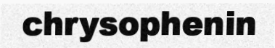
chrysophenin